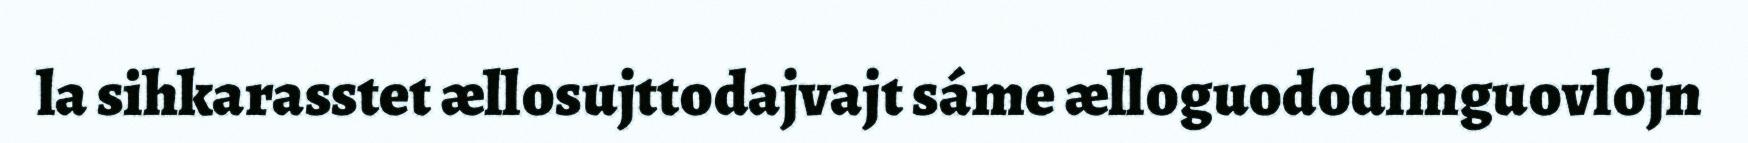
la sihkarasstet ællosujttodajvajt sáme ælloguododimguovlojn